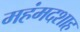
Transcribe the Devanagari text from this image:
महंमदशाह